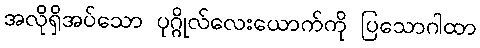
အလိုရှိအပ်သော ပုဂ္ဂိုလ်လေးယောက်ကို ပြသောဂါထာ